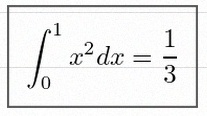
\int_0^1 x^2dx=\frac13